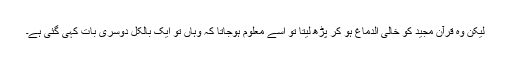
لیکن وہ قرآن مجید کو خالی الدماغ ہو کر پڑھ لیتا تو اسے معلوم ہوجاتا کہ وہاں تو ایک بالکل دوسری بات کہی گئی ہے۔